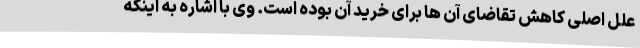
علل اصلی کاهش تقاضای آن ها برای خرید آن بوده است. وی با اشاره به اینکه